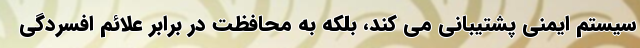
سیستم ایمنی پشتیبانی می کند، بلکه به محافظت در برابر علائم افسردگی